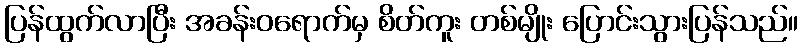
ပြန်ထွက်လာပြီး အခန်းဝရောက်မှ စိတ်ကူး တစ်မျိုး ပြောင်းသွားပြန်သည်။